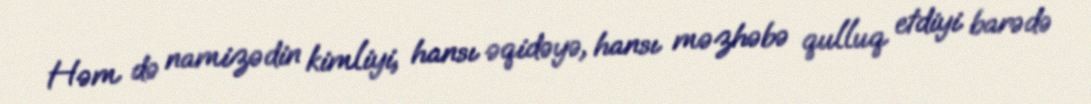
Həm də namizədin kimliyi, hansı əqidəyə, hansı məzhəbə qulluq etdiyi barədə